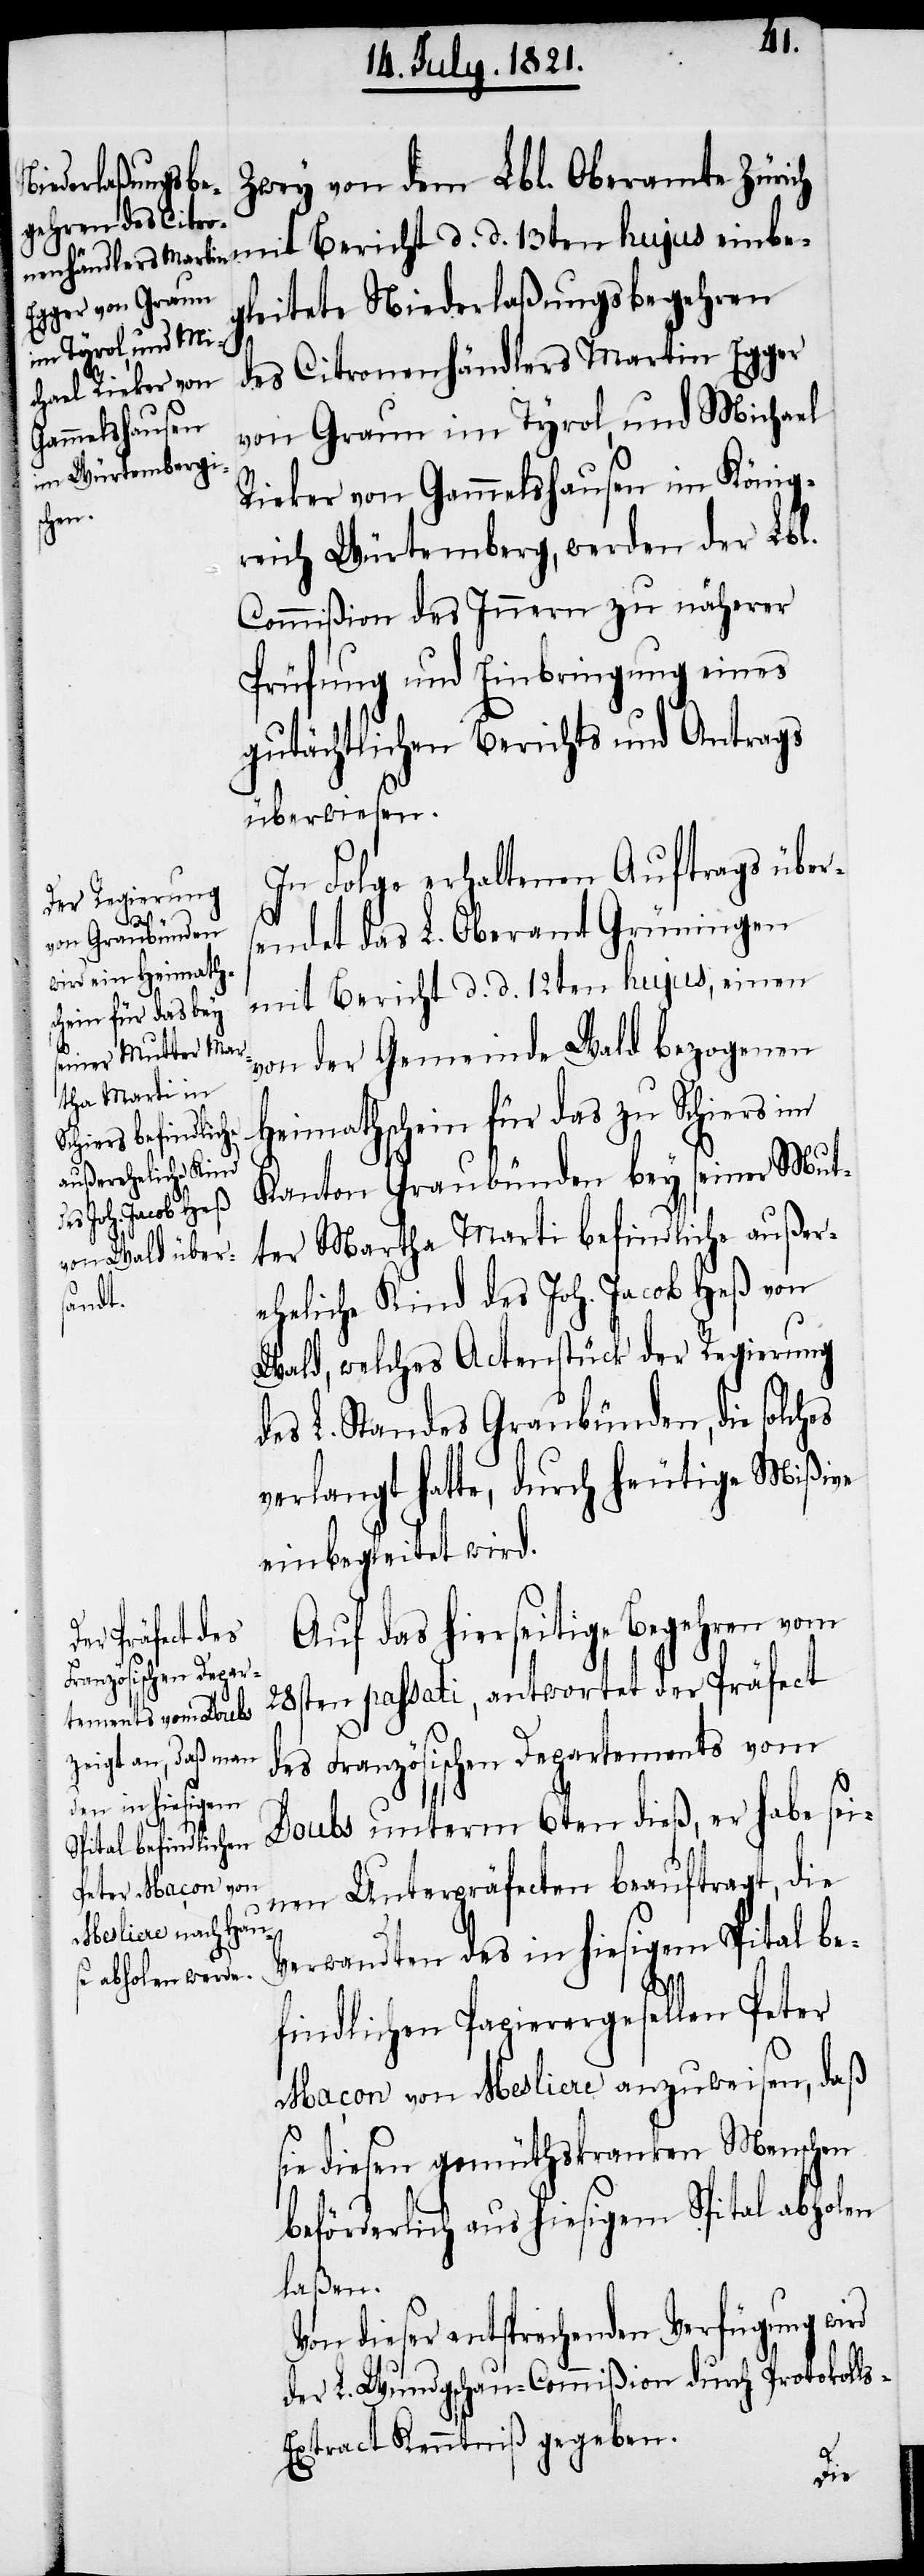
Zwey von dem Lbl. Oberamte Zürich
gleitete Niederlaßungsbegehren
des Citronenhändlers Martin Egger
von Graun im Tyrol, und Michael
Rieker von Gammelshausen im König¬
reich Würtemberg, werden der Lbl.
Commißion des Innern zu näherer
Prüfung und Einbringung eines
gutächtlichen Berichts und Antrags
überwiesen.
In Folge erhaltenen Auftrags über¬
sendet das L. Oberamt Grüningen
mit Bericht d. d. 12ten hujus, einen
von der Gemeinde Wald bezogenen
Heimathschein für das zu Schiers im
Kanton Graubünden bey seiner Mut¬
ter Martha Marti befindliche außer¬
eheliche Kind des Joh. Jacob Heß von
Wald, welches Actenstück der Regierung
des L. Standes Graubünden, die solches
verlangt hatte, durch heutige Mißiven
einbegleitet wird,
Auf das hierseitige Begehren vom
28sten passati, antwortet der Präfect
des Französischen Departements vom
Doubs unterm 6ten dieß, er habe sei¬
nen Unterpräfecten beauftragt, die
Verwandten des in hiesigem Spital be¬
findlichen Papierergesellen Peter
Maçon von Mesliere anzuweisen, daß
sie diesen gemüthskranken Menschen
beförderlich aus hiesigem Spital abholen
laßen.
Von dieser entsprechenden Verfügung wird
der L. Wundschau-Commißion durch Protokoll¬
s-Extract Kenntniß gegeben.